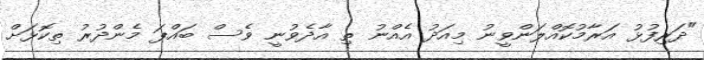
"ދަރިފުޅު އަރާމުކޮއްލަންވީނު މިއަދު އެއްނު ތި އާދެވުނީ ވެސް ބައްޕަ މެންދުރު ތިކޮޅަށް